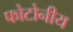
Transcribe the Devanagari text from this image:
फोटोनीय